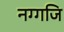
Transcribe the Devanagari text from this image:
नग्गजि